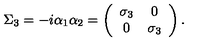
\Sigma _ { 3 } = - i \alpha _ { 1 } \alpha _ { 2 } = \left( \begin{array} { c c } { \sigma _ { 3 } } & { 0 } \\ { 0 } & { \sigma _ { 3 } } \\ \end{array} \right) .